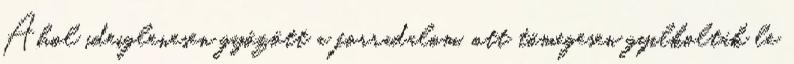
Ahol ideiglenesen győzött a forradalom, ott tömegesen gyilkolták le